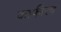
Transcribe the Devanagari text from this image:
काफीरच